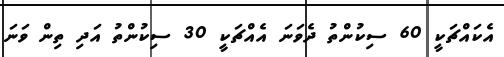
އެކައްޗަކީ 60 ސިކުންތު ދެވަނަ އެއްޗަކީ 30 ސިކުންތު އަދި ތިން ވަނަ